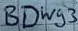
Text: BDW93